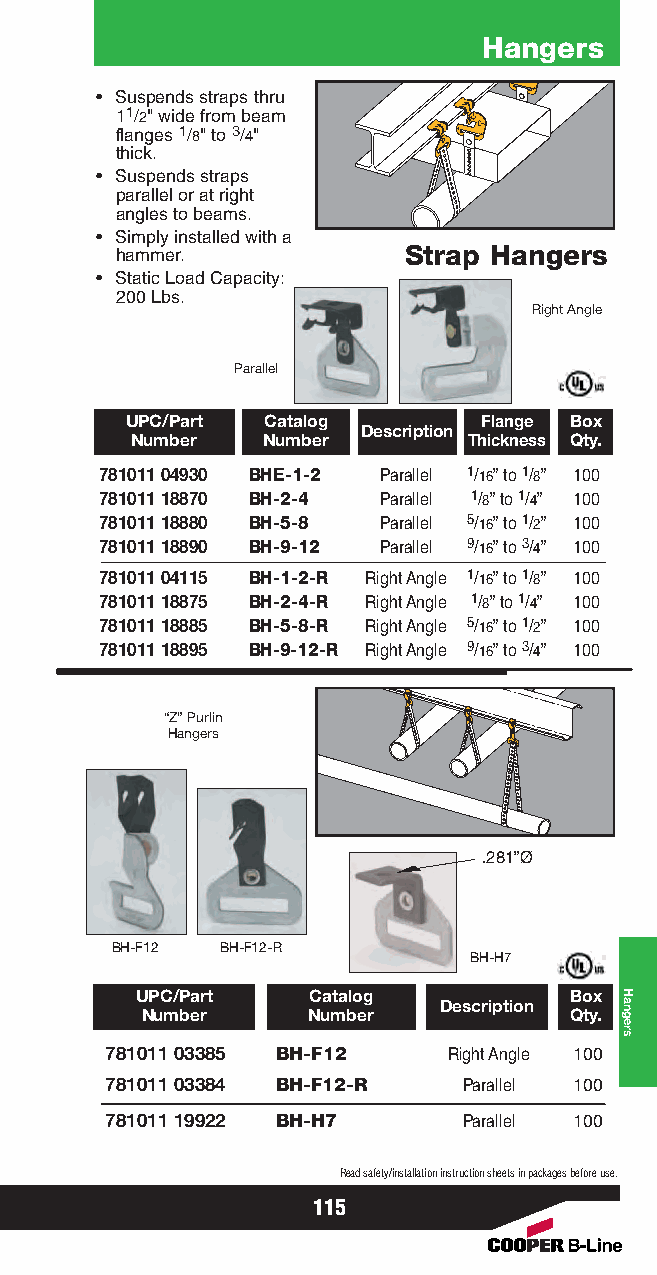
Hangers
 • Suspends straps thru
 11/2" wide from beam
 flanges 1/8" to 3/4"
 thick.
 • Suspends straps
 parallel or at right
 angles to beams.
 • Simply installed with a
 hammer.            Strap Hangers
 • Static Load Capacity:
 200 Lbs.
 Right Angle
 Parallel
 UPC/Part Catalog        Flange Box
 Description
 Number  Number        Thickness Qty.
 781011 04930 BHE-1-2 Parallel 1/16” to 1/8” 100
 781011 18870 BH-2-4 Parallel 1/8” to 1/4” 100
 781011 18880 BH-5-8 Parallel 5/16” to 1/2” 100
 781011 18890 BH-9-12 Parallel 9/16” to 3/4” 100
 781011 04115 BH-1-2-R Right Angle 1/16” to 1/8” 100
 781011 18875 BH-2-4-R Right Angle 1/8” to 1/4” 100
 781011 18885 BH-5-8-R Right Angle 5/16” to 1/2” 100
 781011 18895 BH-9-12-R Right Angle 9/16” to 3/4” 100
 “Z”Purlin
 Hangers
 .281”Ø
 BH-F12  BH-F12-R
 BH-H7
 UPC/Part   Catalog           Box
 Description
 Number     Number            Qty.
 781011 03385 BH-F12    Right Angle 100
 781011 03384 BH-F12-R   Parallel 100
 781011 19922 BH-H7      Parallel 100
 Read safety/installation instruction sheets in packages before use.
 115
 Hangers